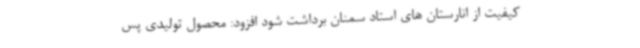
کیفیت از انارستان های استاد سمنان برداشت شود افزود: محصول تولیدی پس